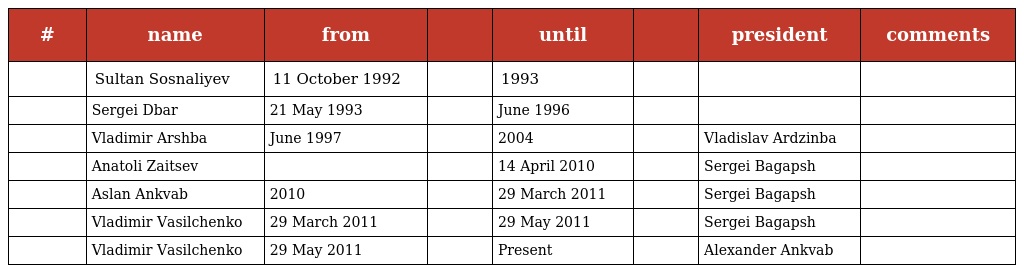
| # | name | from |  | until |  | president | comments |
 | --- | --- | --- | --- | --- | --- | --- | --- |
 |  | Sultan Sosnaliyev | 11 October 1992 |  | 1993 |  |  |  |
 |  | Sergei Dbar | 21 May 1993 |  | June 1996 |  |  |  |
 |  | Vladimir Arshba | June 1997 |  | 2004 |  | Vladislav Ardzinba |  |
 |  | Anatoli Zaitsev |  |  | 14 April 2010 |  | Sergei Bagapsh |  |
 |  | Aslan Ankvab | 2010 |  | 29 March 2011 |  | Sergei Bagapsh |  |
 |  | Vladimir Vasilchenko | 29 March 2011 |  | 29 May 2011 |  | Sergei Bagapsh |  |
 |  | Vladimir Vasilchenko | 29 May 2011 |  | Present |  | Alexander Ankvab |  |